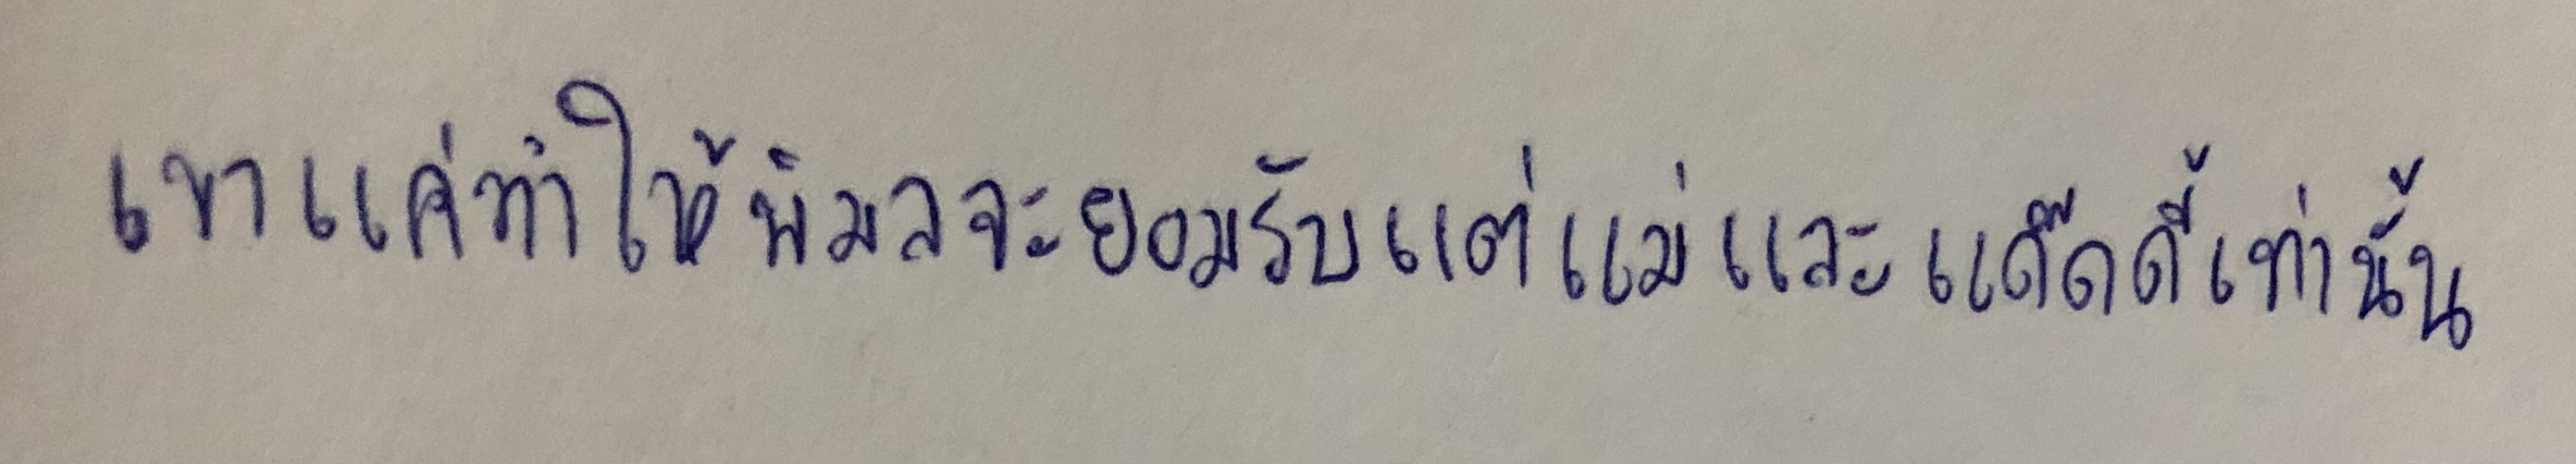
"เขาแค่ทำให้พิมลจะยอมรับแต่แม่และแด๊ดดี้เท่านั้น"